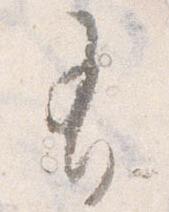
有